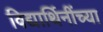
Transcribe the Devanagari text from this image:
विद्यार्थिनींच्या